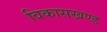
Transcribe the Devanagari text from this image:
विकासखण्‍ड